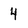
Character: 4